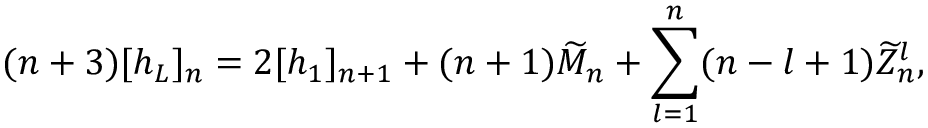
( n + 3 ) [ h _ { L } ] _ { n } = 2 [ h _ { 1 } ] _ { n + 1 } + ( n + 1 ) \widetilde M _ { n } + \sum _ { l = 1 } ^ { n } ( n - l + 1 ) \widetilde Z _ { n } ^ { l } ,